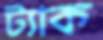
ট্যাক